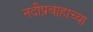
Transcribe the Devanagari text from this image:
नदीप्रवाहाच्या